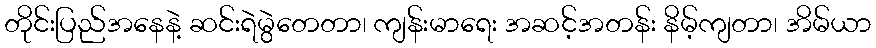
တိုင်းပြည်အနေနဲ့ ဆင်းရဲမွဲတေတာ၊ ကျန်းမာရေး အဆင့်အတန်း နိမ့်ကျတာ၊ အိမ်ယာ